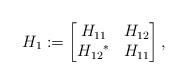
LaTeX: \begin{gather*}H_{1}:=\begin{bmatrix}H_{11} & H_{12}\\H_{12}{}^{\ast} & H_{11}\end{bmatrix},\end{gather*}